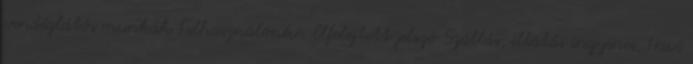
vendéglátós munkák Felhasználónév: Elfelejtett jelszó Szállás, ellátás ingyenes. Havi